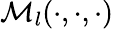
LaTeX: \mathcal{M}_{l}(\cdot,\cdot,\cdot)